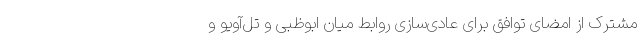
مشترک از امضای توافق برای عادی‌سازی روابط میان ابوظبی و تل‌آویو و